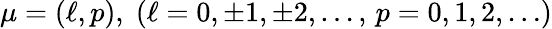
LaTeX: \mu=(\ell,p),\; (\ell=0,\pm 1,\pm 2,\ldots,\, p=0,1,2,\ldots)